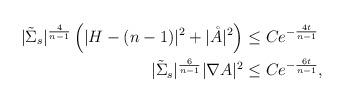
LaTeX: \begin{align*} |\tilde{\Sigma}_s|^{\frac{4}{n-1}}\left(|H-(n-1)|^2+|\mathring{A}|^2\right)&\leq Ce^{-\frac{4t}{n-1}}\\ |\tilde{\Sigma}_s|^{\frac{6}{n-1}}|\nabla A|^2&\leq Ce^{-\frac{6t}{n-1}}, \end{align*}